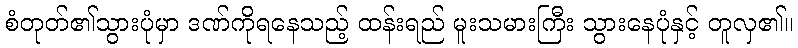
စံတုတ်၏သွားပုံမှာ ဒဏ်ကိုရနေသည့် ထန်းရည် မူးသမားကြီး သွားနေပုံနှင့် တူလှ၏။